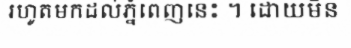
រហូតមកដល់ភ្នំពេញនេះ ។ ដោយមិន